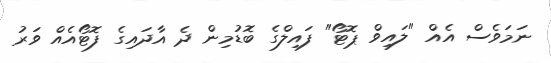
ނަމަވެސް އެއް "ލައިވް ޕޮޓޯ" ފައިލްގެ ބޮޑުމިން ދެ އާދައިގެ ފޮޓޯއެއް ވަރު